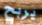
يربح